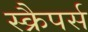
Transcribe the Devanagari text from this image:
स्क्रैपर्स